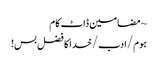
~ مضامین ڈاٹ کام
ہوم/ادب/خدا کا فضل بس!